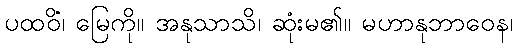
ပထဝိံ၊ မြေကို။ အနုသာသိ၊ ဆုံးမ၏။ မဟာနုဘာဝေန၊